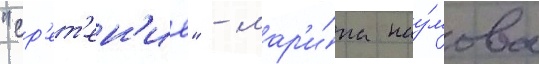
"ср'ет'ен'ие" - мар'и́на нау́мова